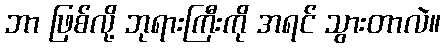
ဘာ ဖြစ်လို့ ဘုရားကြီးကို အရင် သွားတာလဲ။